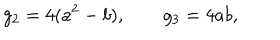
LaTeX: g _ { 2 } = 4 ( a ^ { 2 } - b ) , \qquad g _ { 3 } = 4 a b ,